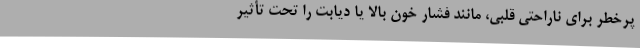
پرخطر برای ناراحتی قلبی، مانند فشار خون بالا یا دیابت را تحت تأثیر